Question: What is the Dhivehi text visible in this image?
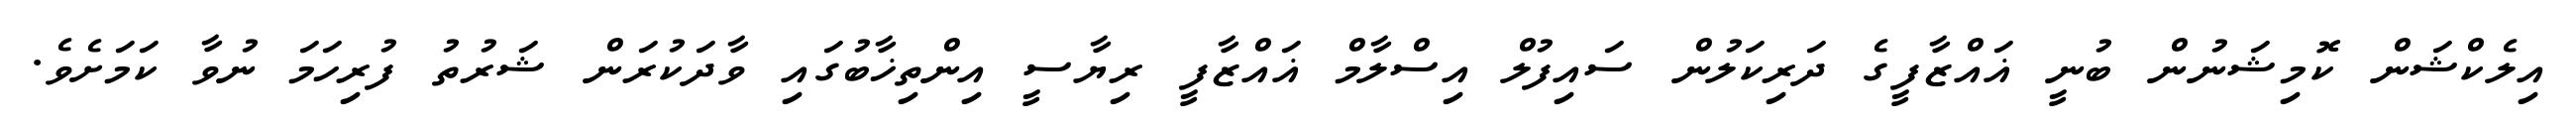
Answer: އިލެކްޝަން ކޮމިޝަނުން ބުނީ ޣައްޒާފީގެ ދަރިކަލުން ސައިފުލް އިސްލާމް ޣައްޒާފީ ރިޔާސީ އިންތިޚާބުގައި ވާދަކުރަން ޝަރުތު ފުރިހަމަ ނުވާ ކަމަށެވެ.